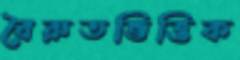
বৈরুতভিত্তিক